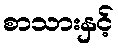
စာသားနှင့်